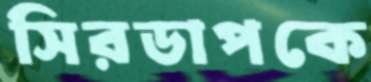
সিরডাপকে